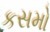
કસમો